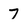
Character: 7